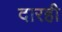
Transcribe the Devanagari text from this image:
दारही